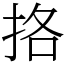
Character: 挌